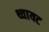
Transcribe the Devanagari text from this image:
थ्वायट